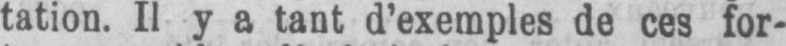
tation. Il y a tant d’exemples de ces for-